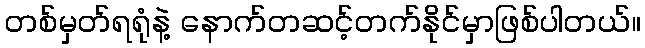
တစ်မှတ်ရရုံနဲ့ နောက်တဆင့်တက်နိုင်မှာဖြစ်ပါတယ်။